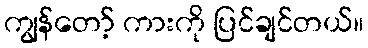
ကျွန်တော့် ကားကို ပြင်ချင်တယ်။